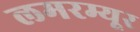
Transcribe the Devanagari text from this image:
लमरम्यूर